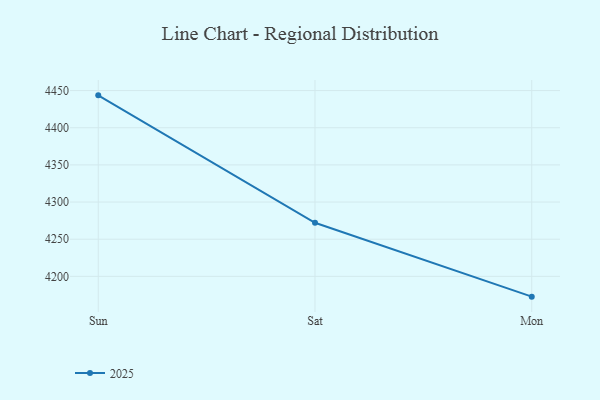
{"axis": {"x": "Day", "y": "Inventory Turnover"}, "legend": ["2025"], "data": [{"x": "Sun", "y": 4443.6, "type": "2025"}, {"x": "Sat", "y": 4272.1, "type": "2025"}, {"x": "Mon", "y": 4172.7, "type": "2025"}]}